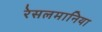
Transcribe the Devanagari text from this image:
रेसलमानिया